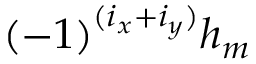
( - 1 ) ^ { ( i _ { x } + i _ { y } ) } h _ { m }